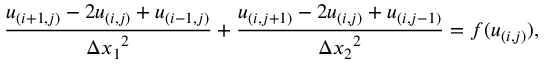
\frac { u _ { ( i + 1 , j ) } - 2 u _ { ( i , j ) } + u _ { ( i - 1 , j ) } } { { \Delta x _ { 1 } } ^ { 2 } } + \frac { u _ { ( i , j + 1 ) } - 2 u _ { ( i , j ) } + u _ { ( i , j - 1 ) } } { { \Delta x _ { 2 } } ^ { 2 } } = f ( u _ { ( i , j ) } ) ,